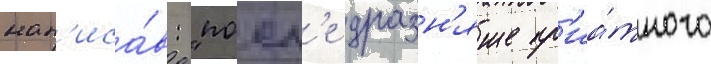
нап'иса́в: "посл'е дразн'яще пр'иа́тного